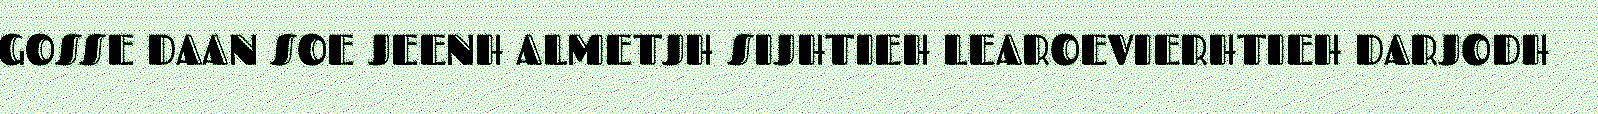
GOSSE DAAN SOE JEENH ALMETJH SIJHTIEH LEAROEVIERHTIEH DARJODH